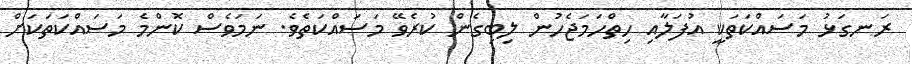
ރަނގަޅު މަަސައްކަތަކީ އުފަލާއި ހިތްހަމަޖެހުން ލިބިގެން ކުރެވޭ މަސައްކަތެވެ. ނަމަވެސް ކޮންމެ މަސައްކަތަކަށް